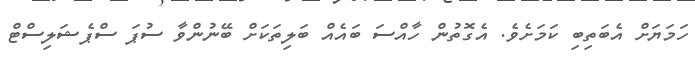
ހަމަޔަށް އެބަތިބި ކަމަށެވެ. އެގޮތުން ހާއްސަ ބައެއް ބަލިތަކަށް ބޭނުންވާ ސުޕަ ސްޕެޝަލިސްޓް